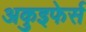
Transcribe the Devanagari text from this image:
अकुइफेर्स